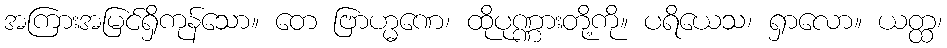
အကြားအမြင်ရှိကုန်သော။ တေ ဗြာဟ္မဏေ၊ ထိုပုဏ္ဏားတို့ကို။ ပရိယေသ၊ ရှာလော။ ယတ္ထ၊